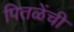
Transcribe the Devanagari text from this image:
पितळेंची